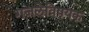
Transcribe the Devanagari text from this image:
गजलेविषयक